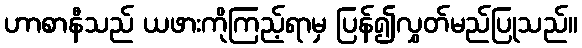
ဟာစာနီသည် ယဖားကိုကြည့်ရာမှ ပြန်၍လွှတ်မည်ပြုသည်။